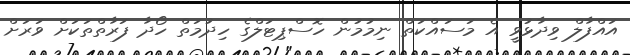
އައްފާލް ވިދާޅުވީ އެ މަސައްކަތް ނިމުމުން ހޮސްޕިޓަލްގެ ހިދުމަތް ހޯދާ ފަރާތްތަކަށް ވަރަށް